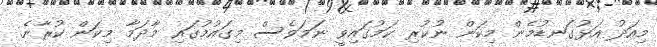
މިއަދު އަޅުގަނޑުމެން މިކަން ނުކުރި ކަމުގައިވީ ނަމަވެސް މިގައުމުގައި މާދަމާ މިކަން ކުރާނެ.